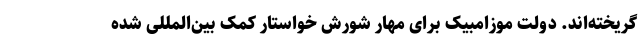
گریخته‌اند. دولت موزامبیک برای مهار شورش خواستار کمک بین‌المللی شده